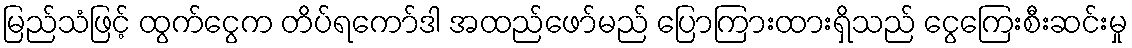
မြည်သံဖြင့် ထွက်ငွေက တိပ်ရကော်ဒါ အထည်ဖော်မည် ပြောကြားထားရှိသည် ငွေကြေးစီးဆင်းမှု